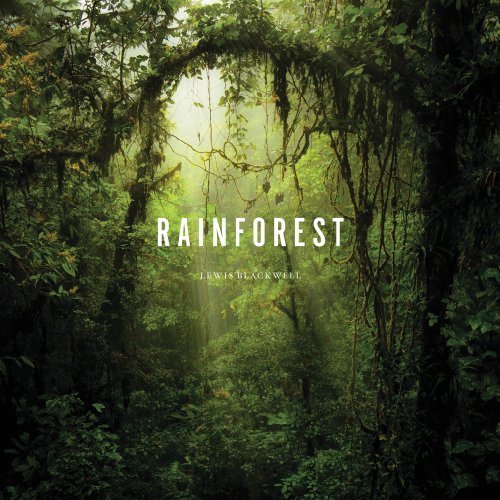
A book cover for Rainforest; Lewis Blackwell; Science & Math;